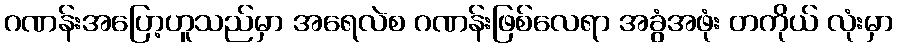
ဂဏန်းအပြော့ဟူသည်မှာ အရေလဲစ ဂဏန်းဖြစ်လေရာ အခွံအဖုံး တကိုယ် လုံးမှာ